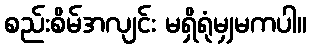
စည်းစိမ်အလျင်း မရှိရုံမျှမကပါ။